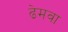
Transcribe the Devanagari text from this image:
ढेमवा